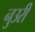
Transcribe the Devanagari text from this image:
नुउरी